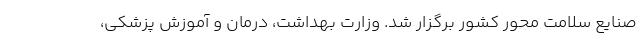
صنایع سلامت محور کشور برگزار شد. وزارت بهداشت، درمان و آموزش پزشکی،